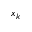
x _ { k }